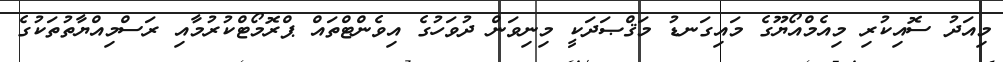
މިއަދު ސޮއިކުރި މިއެމްއޯޔޫގެ މައިގަނޑު މަޤްޞަދަކީ މިނިވަން ދުވަހުގެ އިވެންޓްތައް ޕްރޮމޯޓްކުރުމާއި ރަސްމިއްޔާތުތަކުގެ